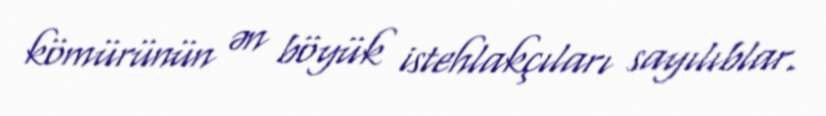
kömürünün ən böyük istehlakçıları sayılıblar.